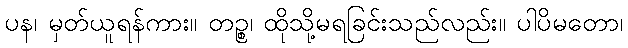
ပန၊ မှတ်ယူရန်ကား။ တဉ္စ၊ ထိုသို့မရခြင်းသည်လည်း။ ပါပိမတော၊